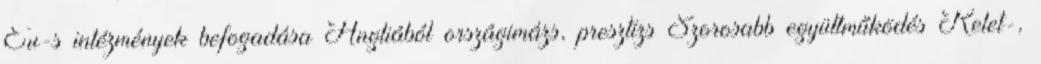
Eu-s intézmények befogadása Angliából országimázs, presztízs Szorosabb együttműködés Kelet-,